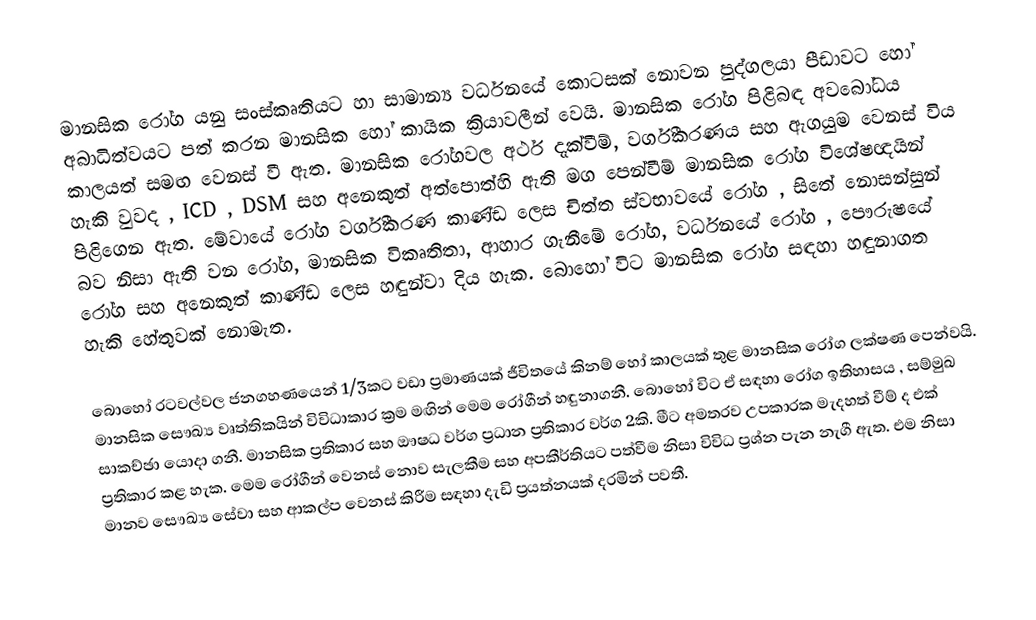
මානසික රෝග යනු සංස්කෘතියට හා සාමාන්‍ය වර්ධනයේ කොටසක් නොවන පුද්ගලයා පීඩාවට හෝ අබාධිත්වයට පත් කරන මානසික හෝ කායික ක්‍රියාවලීන් වෙයි. මානසික රෝග පිළිබඳ අවබෝධය කාලයත් සමඟ වෙනස් වී ඇත. මානසික රෝගවල අර්ථ දැක්වීම්, වර්ගීකරණය සහ ඇගයුම වෙනස් විය හැකි වුවද , ICD , DSM සහ අනෙකුත් අත්පොත්හි ඇති මග පෙන්වීම් මානසික රෝග විශේෂඥයින් පිළිගෙන ඇත. මේවායේ රෝග වර්ගීකරණ කාණ්ඩ ලෙස චිත්ත ස්වභාවයේ රෝග , සිතේ නොසන්සුන් බව නිසා ඇති වන රෝග, මානසික විකෘතිතා, ආහාර ගැනීමේ රෝග, වර්ධනයේ රෝග , පෞරුෂයේ රෝග සහ අනෙකුත් කාණ්ඩ ලෙස හඳුන්වා දිය හැක. බොහෝ විට මානසික රෝග සඳහා හඳුනාගත හැකි හේතුවක් නොමැත.

බොහෝ රටවල්වල ජනගහණයෙන් 1/3කට වඩා ප්‍රමාණයක් ජීවිතයේ කිනම් හෝ කාලයක් තුළ මානසික රෝග ලක්ෂණ පෙන්වයි. මානසික සෞඛ්‍ය වෘත්තිකයින් විවිධාකාර ක්‍රම මඟින් මෙම‍ රෝගීන් හඳුනාගනී. බොහෝ විට ඒ සඳහා රෝග ඉතිහාසය , සම්මුඛ සාකච්ඡා යොදා ගනී. මානසික ප්‍රතිකාර සහ ඖෂධ වර්ග ප්‍රධාන ප්‍රතිකාර වර්ග 2කි. මීට අමතරව උපකාරක මැදහත් වීම් ද එක් ප්‍රතිකාර කළ හැක. මෙම රෝගීන් වෙනස් නොව සැලකීම සහ අපකීර්තියට පත්වීම නිසා විවිධ ප්‍රශ්න පැන නැගී ඇත. එම නිසා මානව සෞඛ්‍ය සේවා සහ ආකල්ප වෙනස් කිරීම සඳහා දැඩි ප්‍රයත්නයක් දරමින් පවතී.